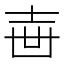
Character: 𡔥